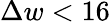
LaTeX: \Delta w<16